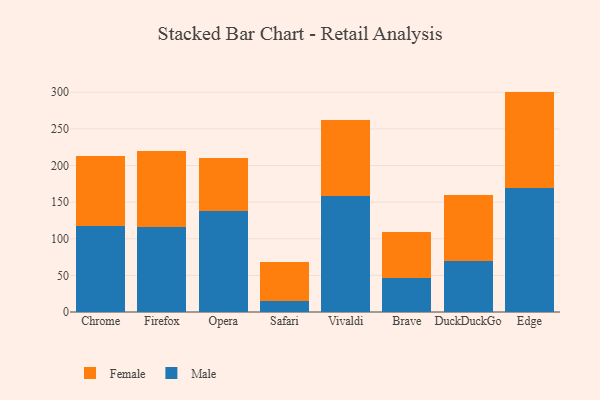
{"axis": {"x": "Browser", "y": "Website Visitors"}, "legend": ["Female", "Male"], "data": [{"x": "Chrome", "y": 117.0, "type": "Male"}, {"x": "Chrome", "y": 95.8, "type": "Female"}, {"x": "Firefox", "y": 116.4, "type": "Male"}, {"x": "Firefox", "y": 103.5, "type": "Female"}, {"x": "Opera", "y": 137.9, "type": "Male"}, {"x": "Opera", "y": 72.9, "type": "Female"}, {"x": "Safari", "y": 14.8, "type": "Male"}, {"x": "Safari", "y": 53.7, "type": "Female"}, {"x": "Vivaldi", "y": 158.8, "type": "Male"}, {"x": "Vivaldi", "y": 103.0, "type": "Female"}, {"x": "Brave", "y": 46.1, "type": "Male"}, {"x": "Brave", "y": 63.0, "type": "Female"}, {"x": "DuckDuckGo", "y": 69.9, "type": "Male"}, {"x": "DuckDuckGo", "y": 89.5, "type": "Female"}, {"x": "Edge", "y": 169.0, "type": "Male"}, {"x": "Edge", "y": 131.9, "type": "Female"}]}